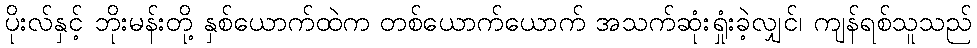
ပိုးလ်နှင့် ဘိုးမန်းတို့ နှစ်ယောက်ထဲက တစ်ယောက်ယောက် အသက်ဆုံးရှုံးခဲ့လျှင်၊ ကျန်ရစ်သူသည်